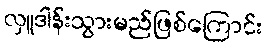
လှူဒါန်းသွားမည်ဖြစ်ကြောင်း